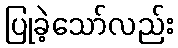
ပြုခဲ့သော်လည်း